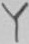
Text: Y